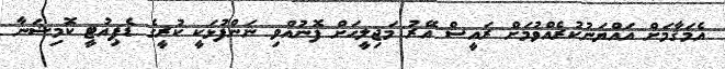
އެމަޤާމަށް އައްޔަނުކުރެއްވުމަށް ރައީސް އޭރު މަޖިލީހަށް ފޮނުއްވި ނަންފުޅަކީ ކުރީގެ ޑެޕިއުޓީ ކޮމިޝަނާ